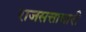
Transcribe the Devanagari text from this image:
राजसत्ताधारी